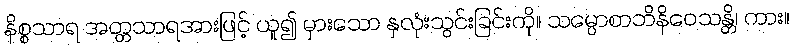
နိစ္စသာရ အတ္တသာရအားဖြင့် ယူ၍ မှားသော နှလုံးသွင်းခြင်းကို။ သမ္ပောစာဘိနိဝေသန္တိ၊ ကား။